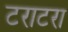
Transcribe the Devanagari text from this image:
टराटरा